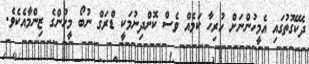
ދެކޭގޮތުގައި އެމީހުންނަށް ހުރިހާ ކަމެއް ވެސް ކޮށްދިނުމަކީ ޑްރަގް ނުބޯ މީހުންގެ ޒިންމާއެކެވެ.